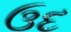
ઉદ